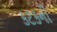
કટકની